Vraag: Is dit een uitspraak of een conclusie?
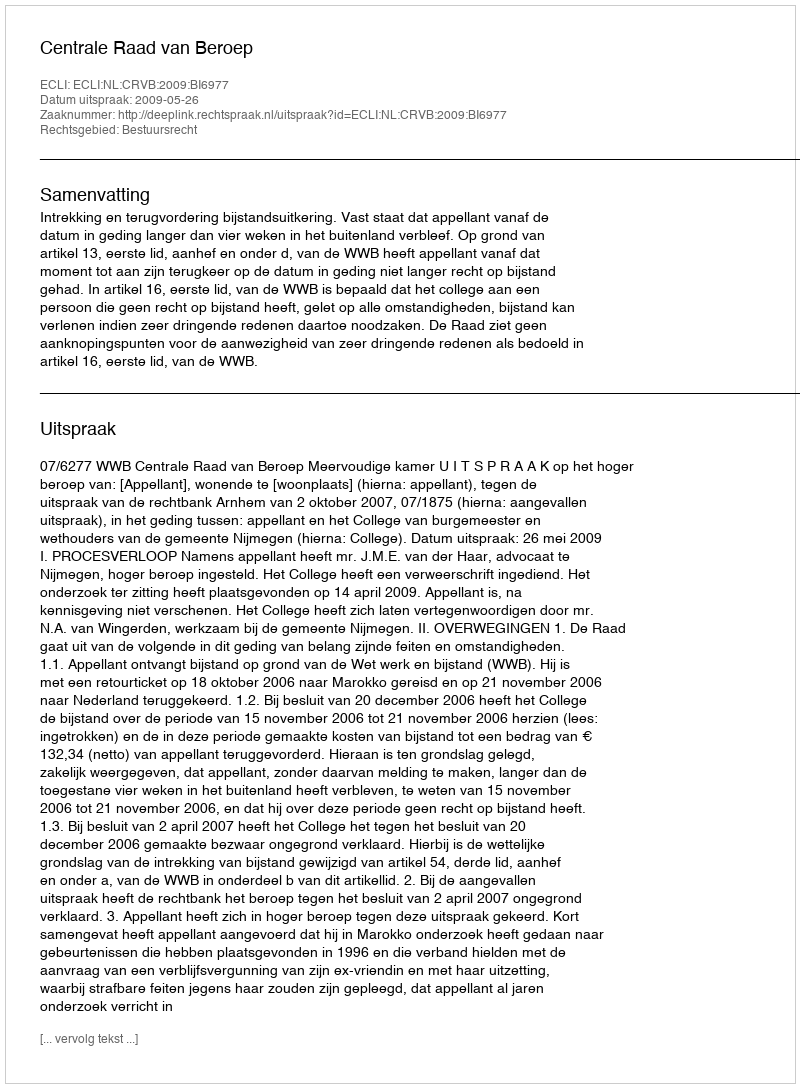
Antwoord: Uitspraak